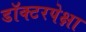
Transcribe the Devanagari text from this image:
डॉक्टरपेक्षा